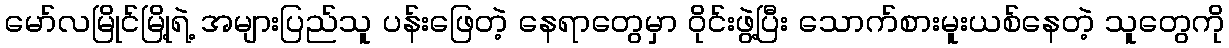
မော်လမြိုင်မြို့ရဲ့ အများပြည်သူ ပန်းဖြေတဲ့ နေရာတွေမှာ ဝိုင်းဖွဲ့ပြီး သောက်စားမူးယစ်နေတဲ့ သူတွေကို